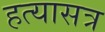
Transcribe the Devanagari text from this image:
हत्यासत्र